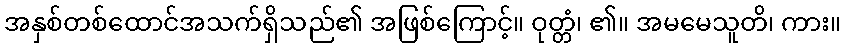
အနှစ်တစ်ထောင်အသက်ရှိသည်၏ အဖြစ်ကြောင့်။ ဝုတ္တံ၊ ၏။ အမမေသူတိ၊ ကား။